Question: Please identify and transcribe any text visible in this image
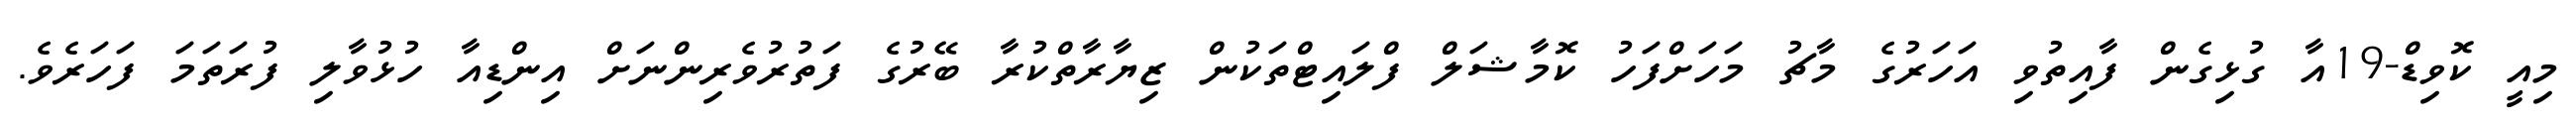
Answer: މިއީ ކޮވިޑް-19އާ ގުޅިގެން ފާއިތުވި އަހަރުގެ މާޗު މަހަށްފަހު ކޮމާޝަލް ފްލައިޓްތަކުން ޒިޔާރާތްކުރާ ބޭރުގެ ފަތުރުވެރިންނަށް އިންޑިއާ ހުޅުވާލި ފުރަތަމަ ފަހަރެވެ.